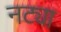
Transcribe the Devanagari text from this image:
नट्या